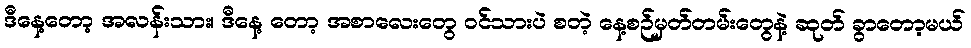
ဒီနေ့တော့ အလန်းသား၊ ဒီနေ့ တော့ အစာလေးတွေ ဝင်သားပဲ စတဲ့ နေ့စဉ်မှတ်တမ်းတွေနဲ့ ဆုတ် ခွာတော့မယ်